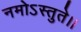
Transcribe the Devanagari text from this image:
नमोऽस्तुते।।